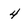
Character: 4